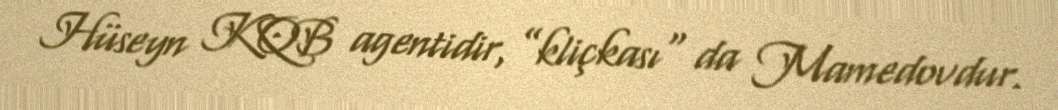
Hüseyn KQB agentidir, ”kliçkası" da Mamedovdur.